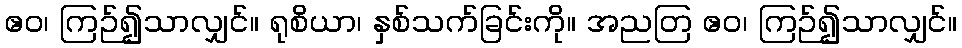
ဧဝ၊ ကြဉ်၍သာလျှင်။ ရုစိယာ၊ နှစ်သက်ခြင်းကို။ အညတြ ဧဝ၊ ကြဉ်၍သာလျှင်။